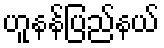
ဟူနန်ပြည်နယ်